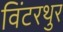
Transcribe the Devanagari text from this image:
विंटरथुर